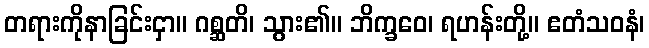
တရားကိုနာခြင်းငှာ။ ဂစ္ဆတိ၊ သွား၏။ ဘိက္ခဝေ၊ ရဟန်းတို့။ ဧတံသဝနံ၊